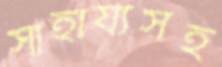
সাহায্যসহ